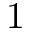
1